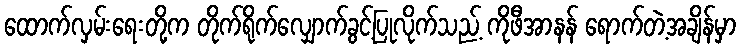
ထောက်လှမ်းရေးတို့က တိုက်ရိုက်လျှောက်ခွင့်ပြုလိုက်သည့် ကိုဖီအာနန် ရောက်တဲ့အချိန်မှာ